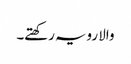
والا رویہ رکھتے۔